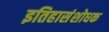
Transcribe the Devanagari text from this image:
इतिहासंशोधक